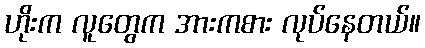
ဟိုးက လူတွေက အားကစား လုပ်နေတယ်။